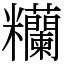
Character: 糷